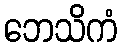
ဘေသိကံ